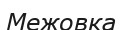
Межовка